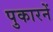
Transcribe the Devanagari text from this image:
पुकारनें